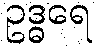
ဥဒ္ဓရေ